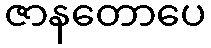
ဇာနတောပေ